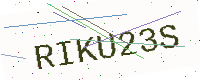
Text: RIKU23S